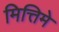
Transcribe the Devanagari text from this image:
मित्तिमे